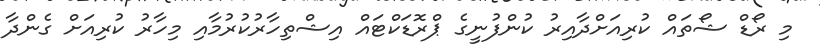
މި ރޯޑް ޝޯތައް ކުރިއަށްދާއިރު ކުންފުނީގެ ޕްރޮޑަކްޓައް އިޝްތިހާރުކުރުމާއި މިހާރު ކުރިއަށް ގެންދާ